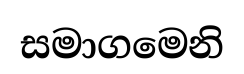
සමාගමෙනි